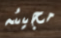
مجيئه